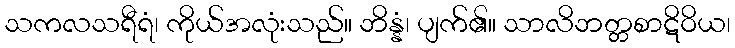
သကလသရီရံ၊ ကိုယ်အလုံးသည်။ ဘိန္နံ၊ ပျက်၏။ သာလိဘတ္တစာဋိဝိယ၊